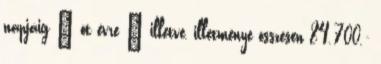
napjáig – öt évre – illetve, illetménye összesen 84.700.-